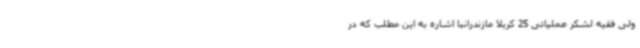
ولی فقیه لشکر عملیاتی 25 کربلا مازندرانبا اشاره به این مطلب که در